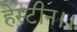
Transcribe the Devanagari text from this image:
हेस्टीन।।